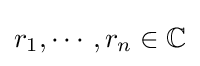
r_{1},\cdots ,r_{n}\in \mathbb {C}